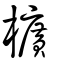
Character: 櫎